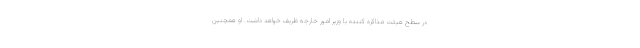
در سطح هیئت مذاکره کننده با وزیر امور خارجه ظریف خواهد داشت. او همچنین